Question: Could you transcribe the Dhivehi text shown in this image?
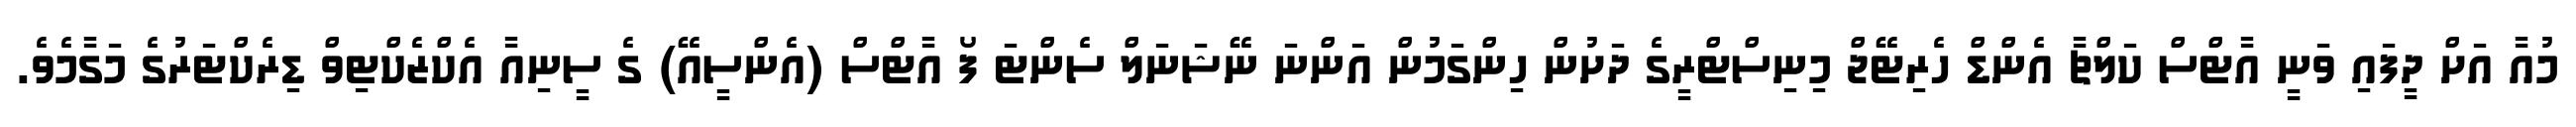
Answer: މުއާ އަށް ދީފައި ވަނީ އާޓްސް ކަލްޗާ އެންޑް ހެރިޓޭޖް މިނިސްޓްރީގެ ދަށުން ހިންގަމުން އަންނަ ނޭޝަނަލް ސެންޓަ ފޯ އާޓްސް (އެންސީއޭ) ގެ ސީނިއާ އެކްޒެކްޓިވް ޑިރެކްޓަރުގެ މަގާމެވެ.